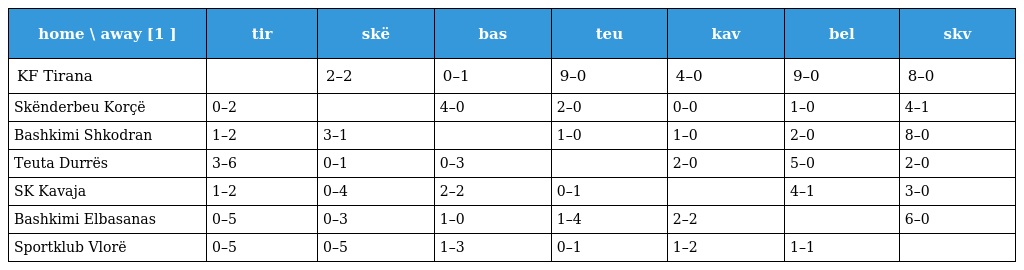
| home \ away [1 ] | tir | skë | bas | teu | kav | bel | skv |
 | --- | --- | --- | --- | --- | --- | --- | --- |
 | KF Tirana |  | 2–2 | 0–1 | 9–0 | 4–0 | 9–0 | 8–0 |
 | Skënderbeu Korçë | 0–2 |  | 4–0 | 2–0 | 0–0 | 1–0 | 4–1 |
 | Bashkimi Shkodran | 1–2 | 3–1 |  | 1–0 | 1–0 | 2–0 | 8–0 |
 | Teuta Durrës | 3–6 | 0–1 | 0–3 |  | 2–0 | 5–0 | 2–0 |
 | SK Kavaja | 1–2 | 0–4 | 2–2 | 0–1 |  | 4–1 | 3–0 |
 | Bashkimi Elbasanas | 0–5 | 0–3 | 1–0 | 1–4 | 2–2 |  | 6–0 |
 | Sportklub Vlorë | 0–5 | 0–5 | 1–3 | 0–1 | 1–2 | 1–1 |  |